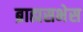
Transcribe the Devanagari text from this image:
ब्राह्मसभेस